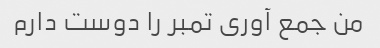
من جمع آوری تمبر را دوست دارم